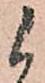
候